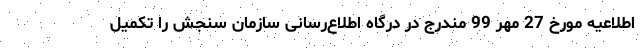
اطلاعیه مورخ 27 مهر 99 مندرج در درگاه اطلاع‌رسانی سازمان سنجش را تکمیل